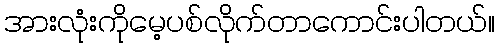
အားလုံးကိုမေ့ပစ်လိုက်တာကောင်းပါတယ်။